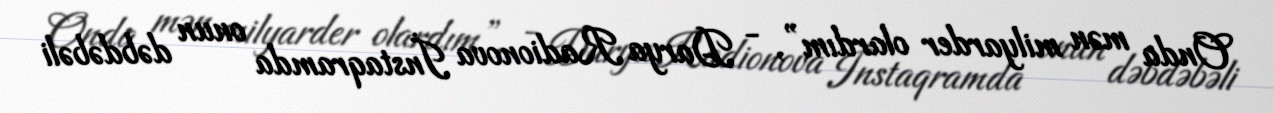
Onda mən milyarder olardım”, - Darya Radionova İnstaqramda onun dəbdəbəli